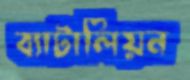
ব্যাটালিয়ন